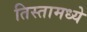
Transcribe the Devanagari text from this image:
तिस्तामध्ये